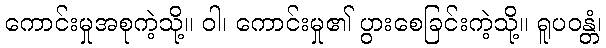
ကောင်းမှုအစုကဲ့သို့။ ဝါ၊ ကောင်းမှု၏ ပွားစေခြင်းကဲ့သို့။ ရူပဝန္တံ၊